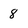
Character: 8